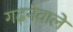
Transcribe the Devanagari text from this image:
गढ़नेवाले